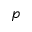
p